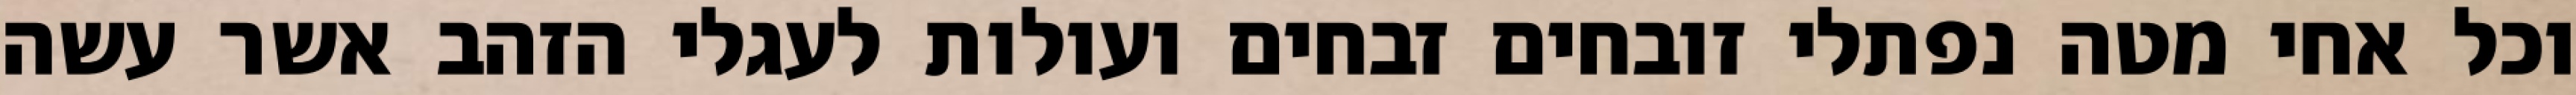
וכל אחי מטה נפתלי זובחים זבחים ועולות לעגלי הזהב אשר עשה